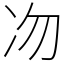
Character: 𠖳